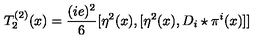
T _ { 2 } ^ { ( 2 ) } ( x ) = \frac { ( i e ) ^ { 2 } } { 6 } [ \eta ^ { 2 } ( x ) , [ \eta ^ { 2 } ( x ) , D _ { i } \star \pi ^ { i } ( x ) ] ]